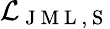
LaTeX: \mathcal{L}_{\mathrm{~J~M~L~,~S~}}